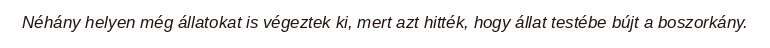
Néhány helyen még állatokat is végeztek ki, mert azt hitték, hogy állat testébe bújt a boszorkány.